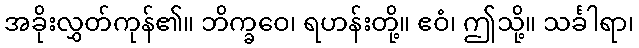
အခိုးလွှတ်ကုန်၏။ ဘိက္ခဝေ၊ ရဟန်းတို့။ ဧဝံ၊ ဤသို့။ သင်္ခါရာ၊